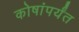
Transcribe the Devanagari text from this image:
कोषांपर्यंत